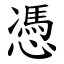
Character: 憑